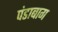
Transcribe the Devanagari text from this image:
पंडाबाग